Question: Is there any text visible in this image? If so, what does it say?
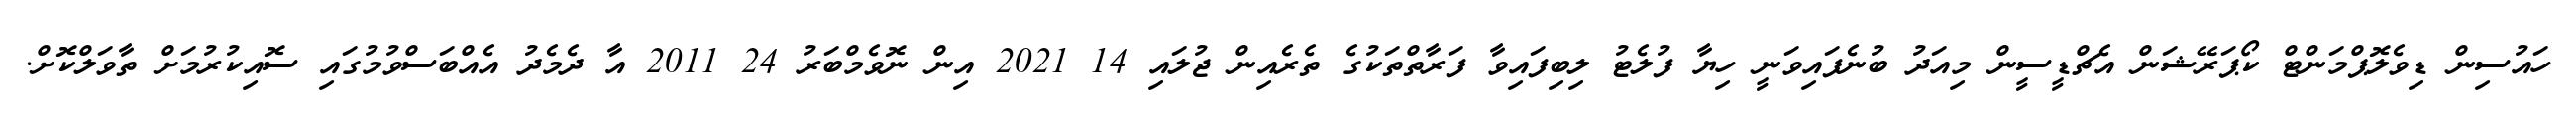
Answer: ހައުސިން ޑިވެލޮޕްމަންޓް ކޯޕަރޭޝަން އެޗްޑީސީން މިއަދު ބުނެފައިވަނީ ހިޔާ ފުލެޓު ލިބިފައިވާ ފަރާތްތަކުގެ ތެރެއިން ޖުލައި 14 2021 އިން ނޮވެމްބަރު 24 2011 އާ ދެމެދު އެއްބަސްވުމުގައި ސޮއިކުރުމަށް ތާވަލްކޮށް.